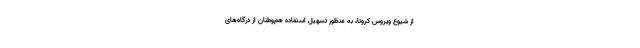
از شیوع ویروس کرونا، به منظور تسهیل استفاده هم‌وطنان از درگاه‌های